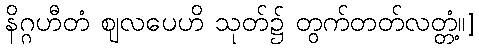
နိဂ္ဂဟီတံ ဈလပေဟိ သုတ်၌ တွက်တတ်လတ္တံ့။]